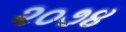
૨૦૭૪